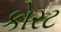
કોરટ